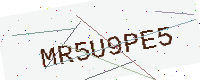
Text: MR5U9PE5